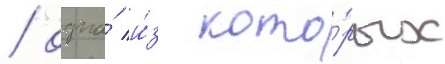
/ одна́ и́з кото́рых